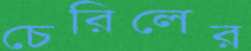
চেরিলের